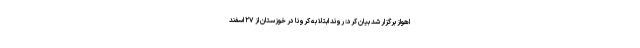
اهواز برگزار شد بیان کرد: روند ابتلا به کرونا در خوزستان از ۲۷ اسفند